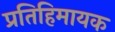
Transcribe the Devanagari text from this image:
प्रतिहिमायक